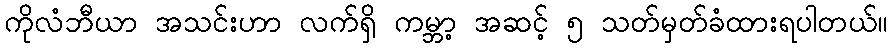
ကိုလံဘီယာ အသင်းဟာ လက်ရှိ ကမ္ဘာ့ အဆင့် ၅ သတ်မှတ်ခံထားရပါတယ်။